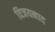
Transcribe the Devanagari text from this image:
विजयनाद